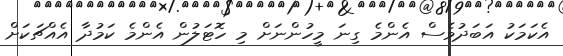
އެކަމަކު އަބަދުވެސް އެންމެ ގިނަ މީހުންނަށް މި ހޮޓަލުން އެންމެ ކަމުދާ އެއްޗަކަށް